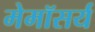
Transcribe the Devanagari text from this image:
मेमॉसर्य